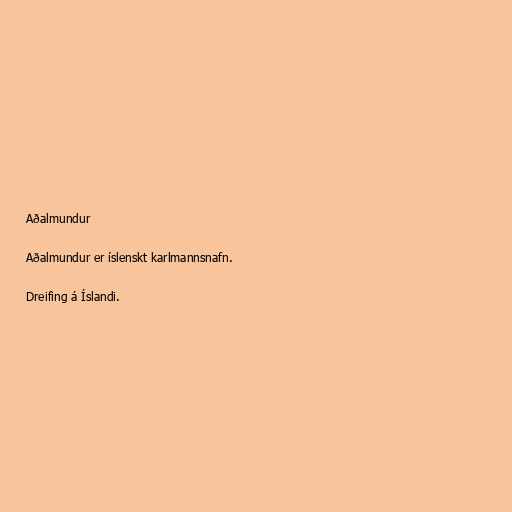
Aðalmundur

Aðalmundur er íslenskt karlmannsnafn.

Dreifing á Íslandi.